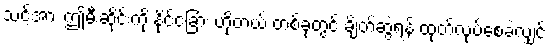
သင့်အား ဤမီးဆိုင်းကို နိုင်ငံခြား ဟိုတယ် တစ်ခုတွင် ချိတ်ဆွဲရန် ထုတ်လုပ်စေခဲ့လျှင်